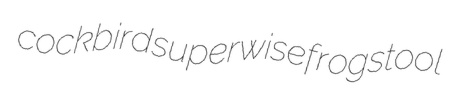
cockbird superwise frogstool